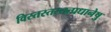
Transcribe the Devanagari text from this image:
विस्तस्तस्तत्प्रधानेषु